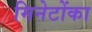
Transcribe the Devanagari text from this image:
मिनेटोंका